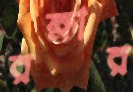
রক্ষার